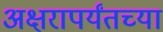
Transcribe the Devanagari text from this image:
अक्षरापर्यंतच्या